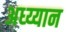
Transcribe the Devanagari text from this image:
अध्य्यान